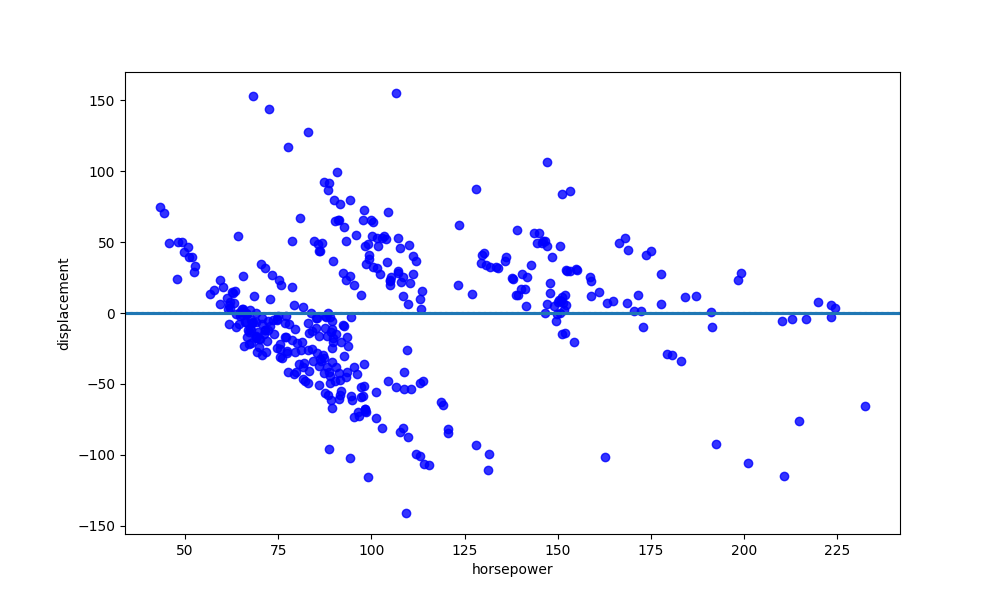
python, seaborn, residplot, lowess=True, scatter_color=blue